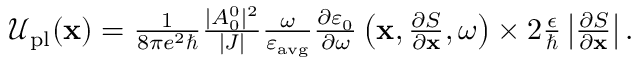
\begin{array} { r } { \mathcal { U } _ { \mathrm { p l } } ( \mathbf { x } ) = \frac { 1 } { 8 \pi e ^ { 2 } \hbar } \frac { | A _ { 0 } ^ { 0 } | ^ { 2 } } { | J | } \frac { \omega } { \varepsilon _ { \mathrm { a v g } } } \frac { \partial \varepsilon _ { 0 } } { \partial \omega } \left( \mathbf { x } , \frac { \partial S } { \partial \mathbf { x } } , \omega \right) \times 2 \frac { \epsilon } { \hbar } \left| \frac { \partial S } { \partial \mathbf { x } } \right| . } \end{array}